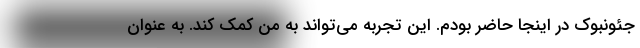
جئونبوک در اینجا حاضر بودم. این تجربه می‌تواند به من کمک کند. به عنوان